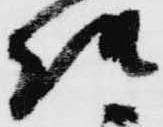
様